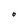
Character: O